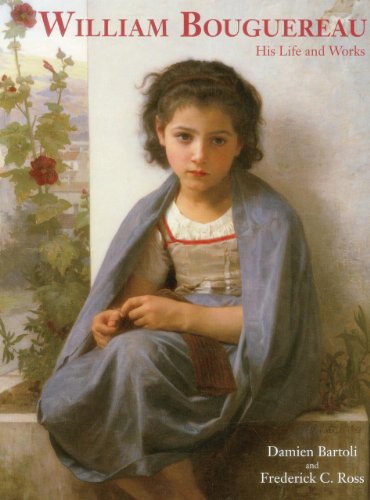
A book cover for William Bouguereau: His Life and Works; Damien Bartoli; Biographies & Memoirs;